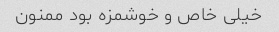
خیلی خاص و خوشمزه بود ممنون